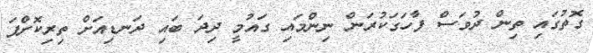
ގޮތުގައި ތިން ދުވަސް ފާހަގަކުރަން ނިންމައި ގައުމީ ދިދަ ބައި ދަނޑިއަށް ތިރިކޮށްފަ